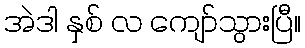
အဲဒါ နှစ် လ ကျော်သွားပြီ။